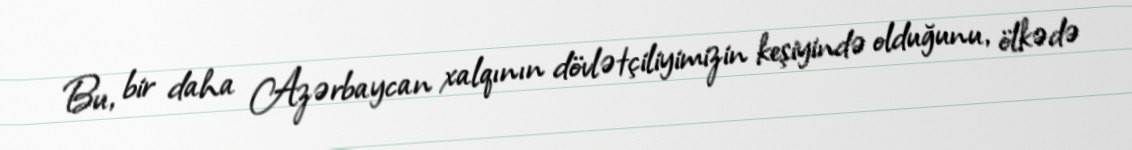
Bu, bir daha Azərbaycan xalqının dövlətçiliyimizin keşiyində olduğunu, ölkədə